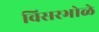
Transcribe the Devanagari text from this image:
विसरभोळे